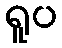
ရူပ